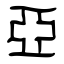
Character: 亞